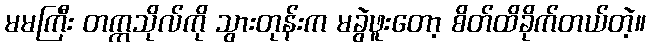
မမကြီး တက္ကသိုလ်ကို သွားတုန်းက မခွဲဖူးတော့ စိတ်ထိခိုက်တယ်တဲ့။